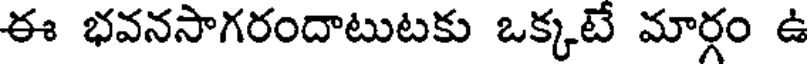
ఈ భవనసాగరందాటుటకు ఒక్కటే మార్గం ఉ